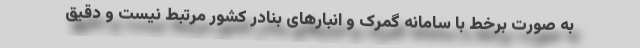
به صورت برخط با سامانه گمرک و انبارهای بنادر کشور مرتبط نیست و دقیق